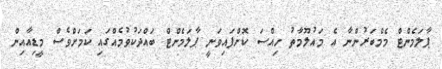
ޕާލަމެންޓް މެމްބަރުންނާ އެ މައުލޫމާތު ހިއްސަ ކޮށްފައިވަނީ ޕާލަމެންޓް ބައްދަކުވުމެއްގައި ކަމަށްވެސް މީޑިއާއިން